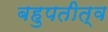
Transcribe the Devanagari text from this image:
बहुपतीत्व